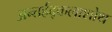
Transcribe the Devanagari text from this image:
अन्तर्ह्रद्कलाशोथ